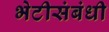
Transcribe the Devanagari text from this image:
भेटीसंबंधी